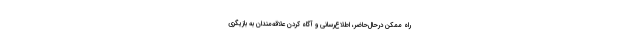
راه ممکن درحال‌حاضر، اطلاع‌رسانی و آگاه کردن علاقه‌مندان به بازیگری